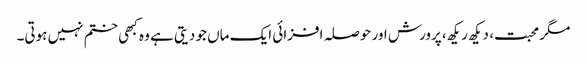
مگر محبت، دیکھ ریکھ، پرورش اور حوصلہ افزائی ایک ماں جو دیتی ہے وہ کبھی ختم نہیں ہوتی۔